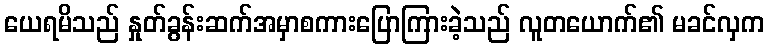
ယေရမိသည် နှုတ်ခွန်းဆက်အမှာစကားပြောကြားခဲ့သည် လူတယောက်၏ မခင်လှက